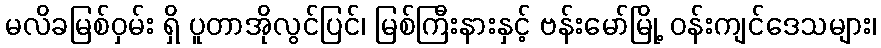
မလိခမြစ်ဝှမ်း ရှိ ပူတာအိုလွင်ပြင်၊ မြစ်ကြီးနားနှင့် ဗန်းမော်မြို့ ဝန်းကျင်ဒေသများ၊